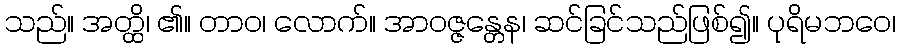
သည်။ အတ္ထိ၊ ၏။ တာဝ၊ လောက်။ အာဝဇ္ဇန္တေန၊ ဆင်ခြင်သည်ဖြစ်၍။ ပုရိမဘဝေ၊